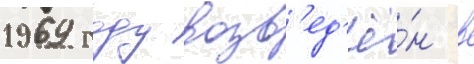
1969 году возв'ед'ё́н в